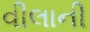
વીલાની